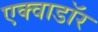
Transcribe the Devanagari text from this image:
एक्वाडॉर